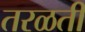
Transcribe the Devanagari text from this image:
तरळती